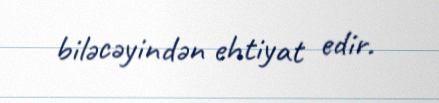
biləcəyindən ehtiyat edir.